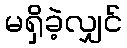
မရှိခဲ့လျှင်